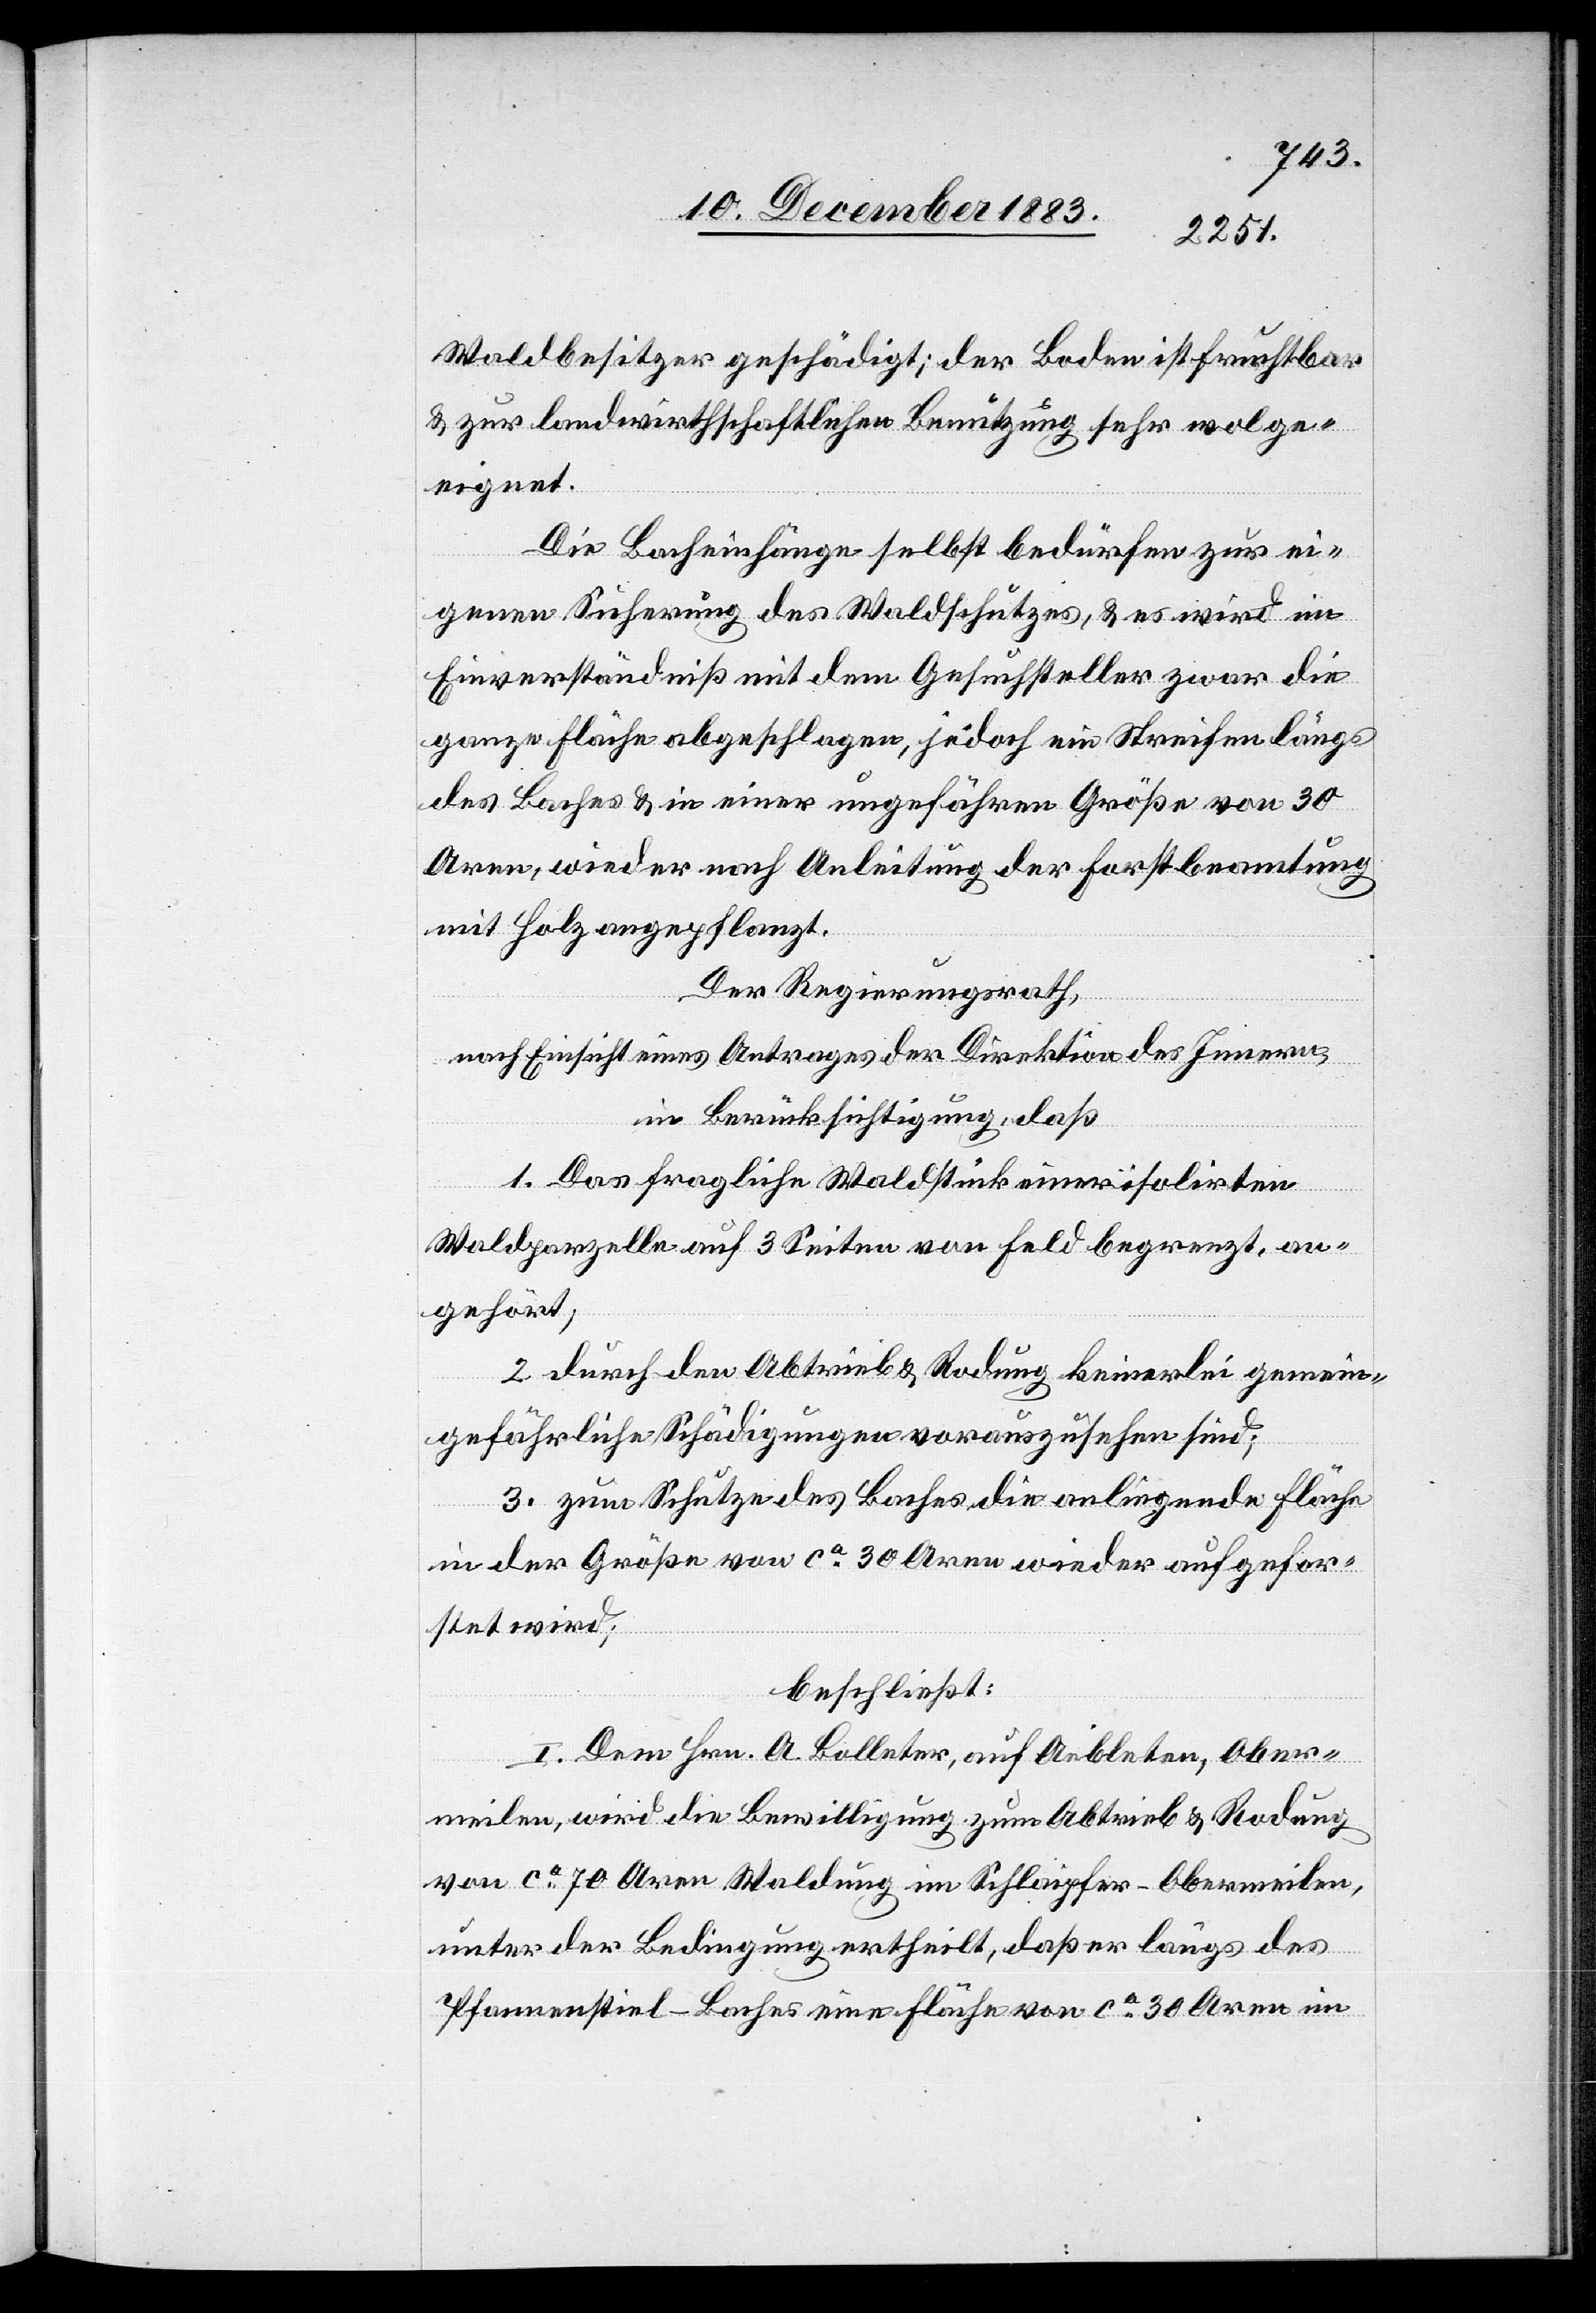
Waldbesitzer geschädigt; der Boden ist fruchtbar
& zur landwirthschaftlichen Benutzung sehr wol ge¬
eignet.
Die Bacheinhänge selbst bedürfen zur ei¬
genen Sicherung des Waldschutzes, & es wird im
Einverständniß mit dem Gesuchsteller zwar die
ganze Fläche abgeschlagen, jedoch ein Streifen längs
des Baches & in einer ungefähren Größe von 30
Aren, wieder nach Anleitung der Forstbeamtung
mit Holz angepflanzt.
Der Regierungsrath,
nach Einsicht eines Antrages der Direktion des Innern,
in Berücksichtigung, daß
1. Das fragliche Waldstück einer isolirten
Waldparzelle auf 3 Seiten von Feld begrenzt, an¬
gehört,
2. durch den Abtrieb & Rodung keinerlei gemein¬
gefährliche Schädigungen vorauszusehen sind;
3. zum Schutze des Baches die anliegende Fläche
in der Größe von ca 30 Aren wieder aufgefor¬
stet wird;
beschließt:
I. Dem Hrn. A. Bolleter, auf Aebleten, Ober¬
meilen, wird die Bewilligung zum Abtrieb & Rodung
von ca 70 Aren Waldung im Schlaipfer - Obermeilen,
unter der Bedingung ertheilt, daß er längs des
Pfannenstiel-Baches eine Fläche von ca 30 Aren im